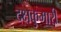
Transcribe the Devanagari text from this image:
दक्षकुमारी